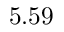
5 . 5 9